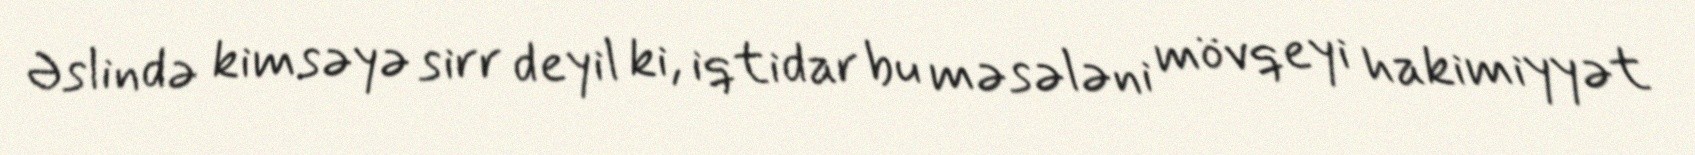
Əslində kimsəyə sirr deyil ki, iqtidar bu məsələni mövqeyi hakimiyyət